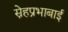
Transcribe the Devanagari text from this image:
स्नेहप्रभाबाई